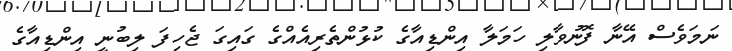
ނަމަވެސް އޭނާ ފޮނުވާލި ހަމަލާ އިންޑިއާގެ ކުޅުންތެރިއެއްގެ ގައިގަ ޖެހިފަ ލިބުނީ އިންޑިއާގެ